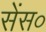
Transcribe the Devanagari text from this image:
सेंस०